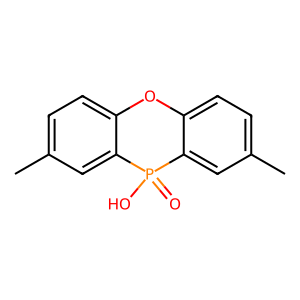
SMILES: Cc1ccc2c(c1)P(=O)(O)c1cc(C)ccc1O2
Inhibits HIV replication: No